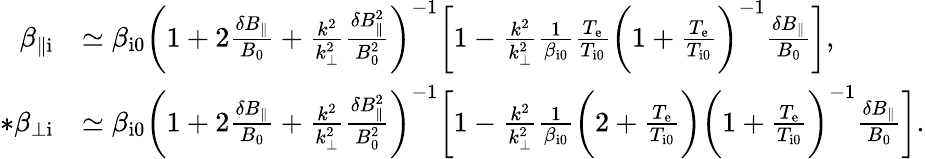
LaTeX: \begin{array}{rl}{\beta_{\parallel\mathrm{i}}}&{\simeq\beta_{\mathrm{i0}}\biggl(1+2\frac{\delta B_{\parallel}}{B_{0}}+\frac{k^{2}}{k_{\perp}^{2}}\frac{\delta B_{\parallel}^{2}}{B_{0}^{2}}\biggr)^{-1}\biggl[1-\frac{k^{2}}{k_{\perp}^{2}}\frac{1}{\beta_{\mathrm{i0}}}\frac{T_{\mathrm{e}}}{T_{\mathrm{i0}}}\biggl(1+\frac{T_{\mathrm{e}}}{T_{\mathrm{i0}}}\biggr)^{-1}\frac{\delta B_{\parallel}}{B_{0}}\biggr],}\\ {*\beta_{\perp\mathrm{i}}}&{\simeq\beta_{\mathrm{i0}}\biggl(1+2\frac{\delta B_{\parallel}}{B_{0}}+\frac{k^{2}}{k_{\perp}^{2}}\frac{\delta B_{\parallel}^{2}}{B_{0}^{2}}\biggr)^{-1}\biggl[1-\frac{k^{2}}{k_{\perp}^{2}}\frac{1}{\beta_{\mathrm{i0}}}\biggl(2+\frac{T_{\mathrm{e}}}{T_{\mathrm{i0}}}\biggr)\biggl(1+\frac{T_{\mathrm{e}}}{T_{\mathrm{i0}}}\biggr)^{-1}\frac{\delta B_{\parallel}}{B_{0}}\biggr].}\end{array}